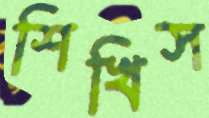
শিখিস